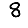
Digit: 8